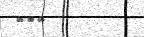
١٠٧